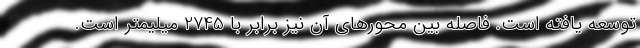
توسعه یافته است. فاصله بین محورهای آن نیز برابر با 2745 میلیمتر است.